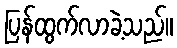
ပြန်ထွက်လာခဲ့သည်။